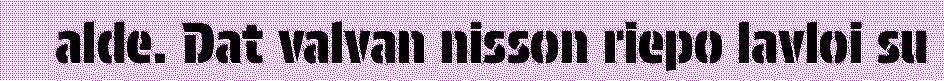
alde. Dat valvan nisson riepo lavloi su